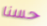
حسنا